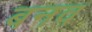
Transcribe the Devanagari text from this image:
बनव